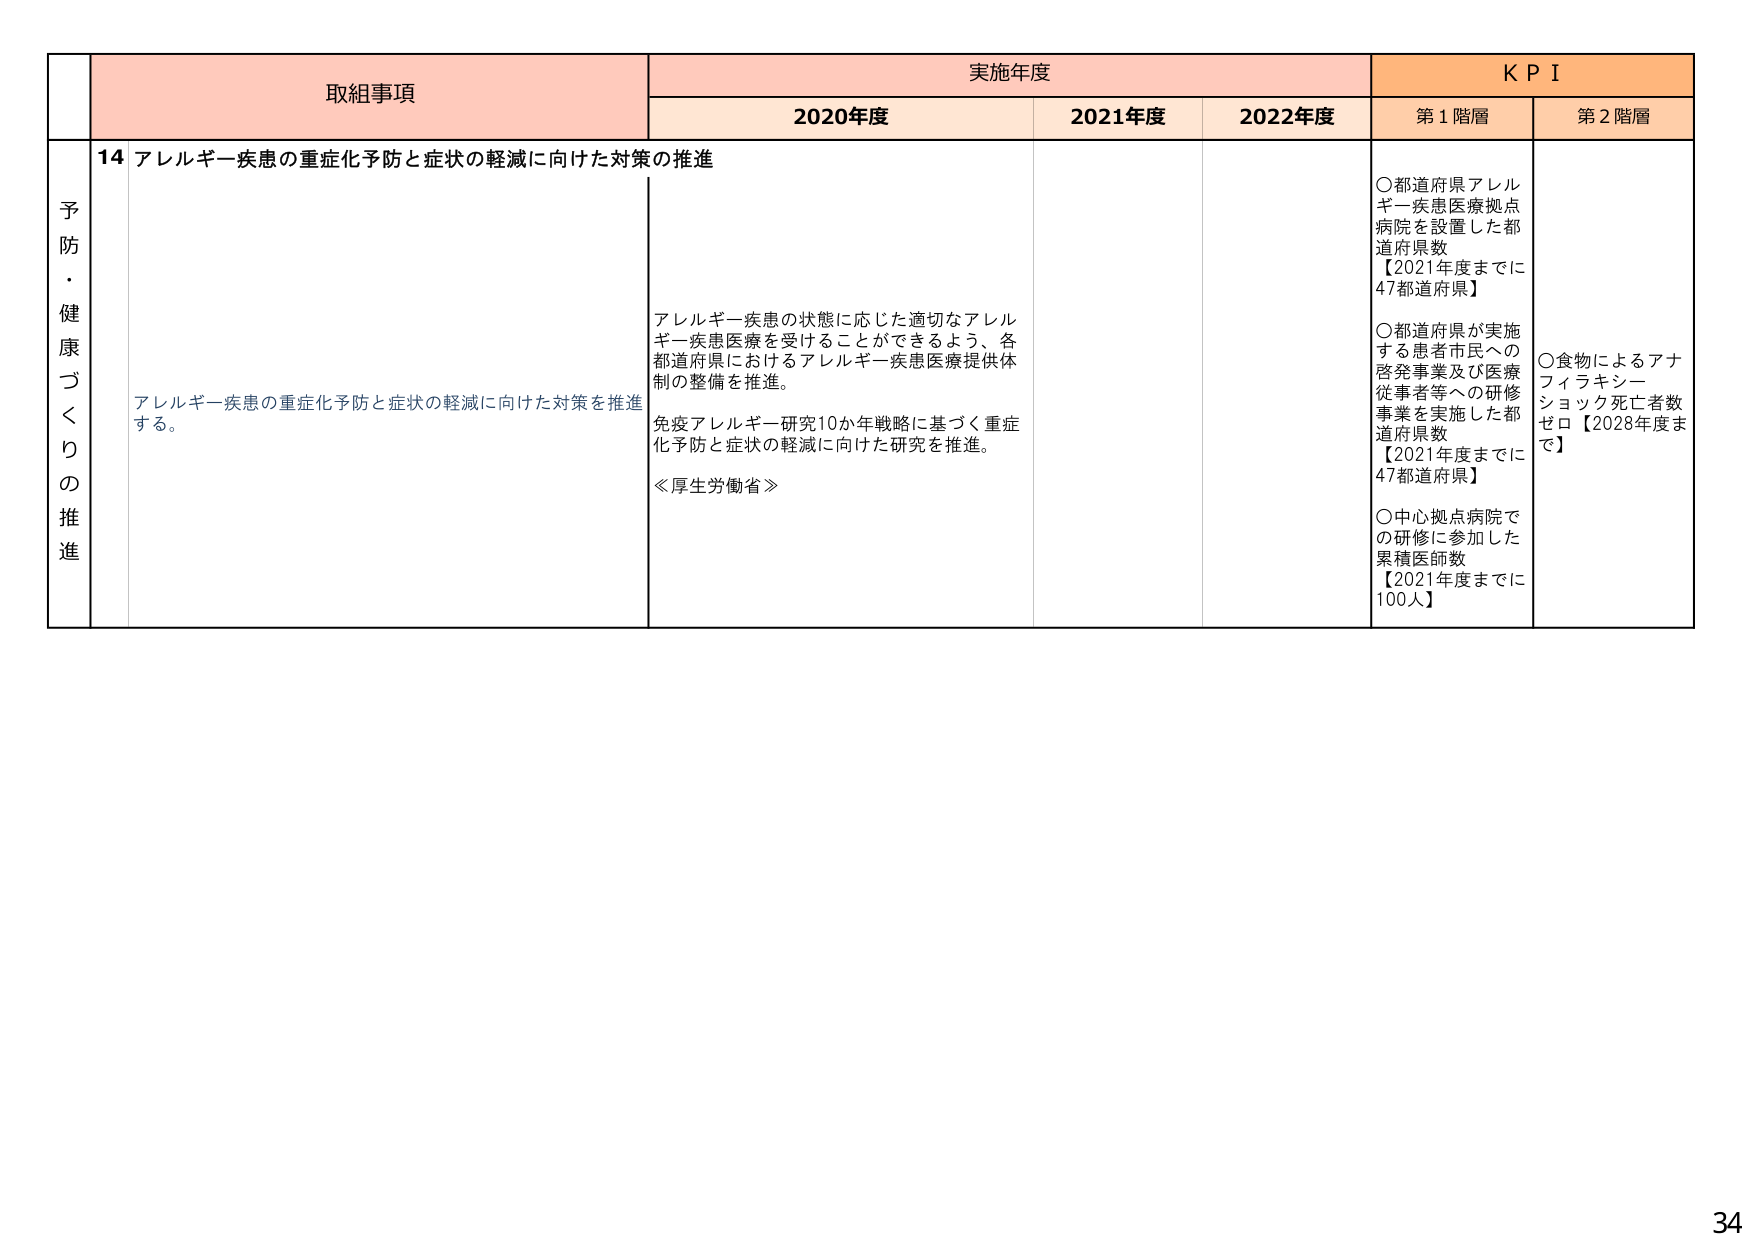
予防・健康づくりの推進
取組事項
実施年度
KPI
2020年度
2021年度
2022年度
第1階層
第2階層
14 アレルギー疾患の重症化予防と症状の軽減に向けた対策の推進
アレルギー疾患の重症化予防と症状の軽減に向けた対策を推進する。
アレルギー疾患の状態に応じた適切なアレルギー疾患医療を受けることができるよう、各都道府県におけるアレルギー疾患医療提供体制の整備を推進。
免疫アレルギー研究10か年戦略に基づく重症化予防と症状の軽減に向けた研究を推進。
≪厚生労働省≫
○都道府県アレルギー疾患医療拠点病院を設置した都道府県数
【2021年度までに47都道府県】
○都道府県が実施する患者市民への啓発事業及び医療従事者等への研修事業を実施した都道府県数
【2021年度までに47都道府県】
○中心拠点病院での研修に参加した累積医師数
【2021年度までに100人】
○食物によるアナフィラキシーショック死亡者数ゼロ【2028年度まで】
34